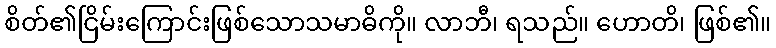
စိတ်၏ငြိမ်းကြောင်းဖြစ်သောသမာဓိကို။ လာဘီ၊ ရသည်။ ဟောတိ၊ ဖြစ်၏။